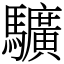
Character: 𩧉